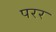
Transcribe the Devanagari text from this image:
परर